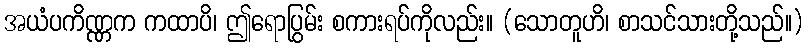
အယံပကိဏ္ဏက ကထာပိ၊ ဤရောပြွမ်း စကားရပ်ကိုလည်း။ (သောတူဟိ၊ စာသင်သားတို့သည်။)